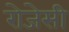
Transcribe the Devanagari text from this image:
रोजेसी